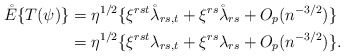
\begin{align*}\mathring E\{T(\psi)\}&=\eta^{1/2}\{\xi^{rst}\mathring\lambda_{rs,t}+\xi^{rs}\mathring\lambda_{rs}+O_p(n^{-3/2})\}\\&=\eta^{1/2}\{\xi^{rst}\lambda_{rs,t}+\xi^{rs}\lambda_{rs}+O_p(n^{-3/2})\}.\end{align*}